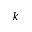
k